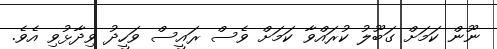
ނޫން ކަމަށް ގަބޫލު ކުރައްވާ ކަމަށް ވެސް ރައީސް ވަހީދު ވިދާޅުވި އެވެ.